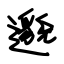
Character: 邈